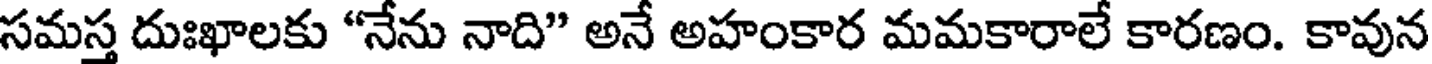
సమస్త దుఃఖాలకు "నేను నాది" అనే అహంకార మమకారాలే కారణం. కావున